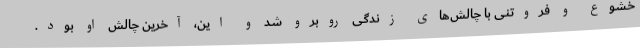
خشوع و فروتنی با چالش‌های زندگی روبرو شد و این، آخرین چالش او بود.